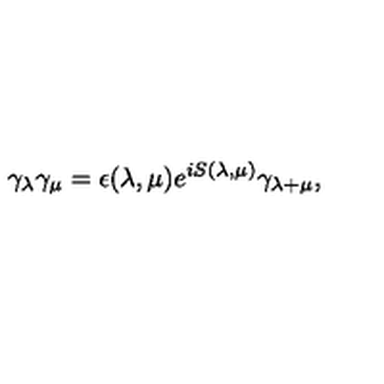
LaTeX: \gamma _ { \lambda } \gamma _ { \mu } = \epsilon ( \lambda , \mu ) e ^ { i S ( \lambda , \mu ) } \gamma _ { \lambda + \mu } ,